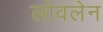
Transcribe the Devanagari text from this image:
लोवलेन